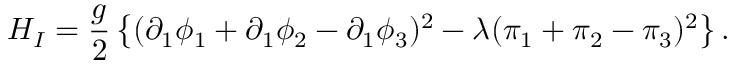
{ \cal H } _ { I } = \frac { g } { 2 } \left\{ ( \partial _ { 1 } \phi _ { 1 } + \partial _ { 1 } \phi _ { 2 } - \partial _ { 1 } \phi _ { 3 } ) ^ { 2 } - \lambda ( \pi _ { 1 } + \pi _ { 2 } - \pi _ { 3 } ) ^ { 2 } \right\} .